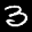
Label: 3